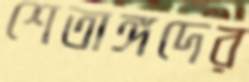
শেতাঙ্গদের